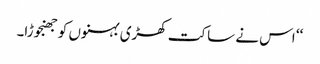
‘‘ اس نے ساکت کھڑی بہنوں کو جھنجوڑا۔